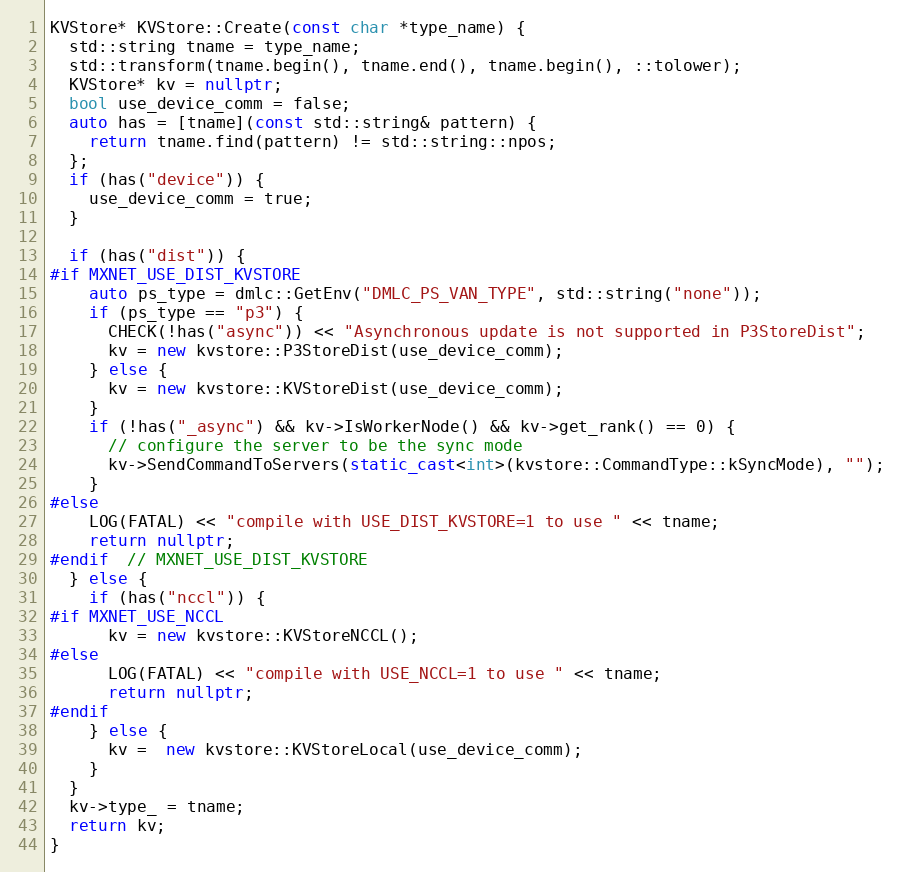
Language: C++
KVStore* KVStore::Create(const char *type_name) {
  std::string tname = type_name;
  std::transform(tname.begin(), tname.end(), tname.begin(), ::tolower);
  KVStore* kv = nullptr;
  bool use_device_comm = false;
  auto has = [tname](const std::string& pattern) {
    return tname.find(pattern) != std::string::npos;
  };
  if (has("device")) {
    use_device_comm = true;
  }

  if (has("dist")) {
#if MXNET_USE_DIST_KVSTORE
    auto ps_type = dmlc::GetEnv("DMLC_PS_VAN_TYPE", std::string("none"));
    if (ps_type == "p3") {
      CHECK(!has("async")) << "Asynchronous update is not supported in P3StoreDist";
      kv = new kvstore::P3StoreDist(use_device_comm);
    } else {
      kv = new kvstore::KVStoreDist(use_device_comm);
    }
    if (!has("_async") && kv->IsWorkerNode() && kv->get_rank() == 0) {
      // configure the server to be the sync mode
      kv->SendCommandToServers(static_cast<int>(kvstore::CommandType::kSyncMode), "");
    }
#else
    LOG(FATAL) << "compile with USE_DIST_KVSTORE=1 to use " << tname;
    return nullptr;
#endif  // MXNET_USE_DIST_KVSTORE
  } else {
    if (has("nccl")) {
#if MXNET_USE_NCCL
      kv = new kvstore::KVStoreNCCL();
#else
      LOG(FATAL) << "compile with USE_NCCL=1 to use " << tname;
      return nullptr;
#endif
    } else {
      kv =  new kvstore::KVStoreLocal(use_device_comm);
    }
  }
  kv->type_ = tname;
  return kv;
}